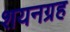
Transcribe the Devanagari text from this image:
शयनग्रह